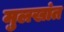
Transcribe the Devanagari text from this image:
मुलखांत